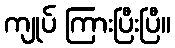
ကျုပ် ကြားပြီးပြီ။